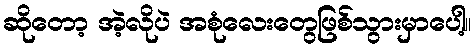
ဆိုတော့ အဲ့လိုပဲ အစုံလေးတွေဖြစ်သွားမှာပေါ့။